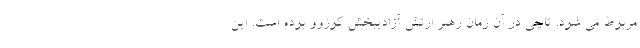
مربوط می شود. تاچی در آن زمان رهبر ارتش آزادیبخش کوزوو بوده است. این